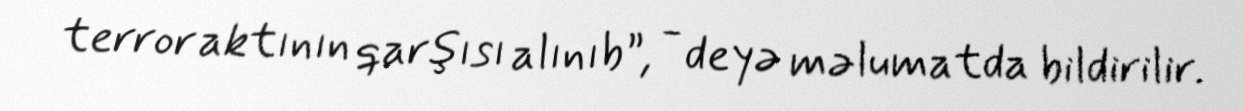
terror aktının qarşısı alınıb”, - deyə məlumatda bildirilir.